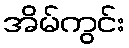
အိမ်ကွင်း